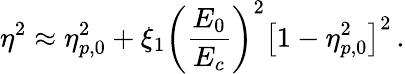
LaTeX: \eta^{2}\approx\eta_{p,0}^{2}+\xi_{1}\left(\frac{E_{0}}{E_{c}}\right)^{2}\left[1-\eta_{p,0}^{2}\right]^{2}\, .